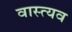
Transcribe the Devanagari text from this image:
वास्त्यव